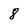
Character: 8